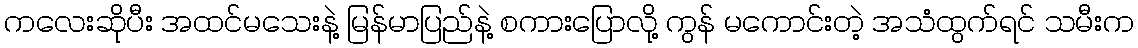
ကလေးဆိုပီး အထင်မသေးနဲ့ မြန်မာပြည်နဲ့ စကားပြောလို့ ကွန် မကောင်းတဲ့ အသံထွက်ရင် သမီးက